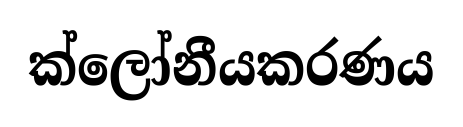
ක්ලෝනීයකරණය